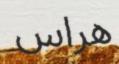
ھراس